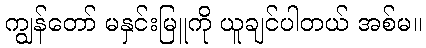
ကျွန်တော် မနှင်းမြူကို ယူချင်ပါတယ် အစ်မ။